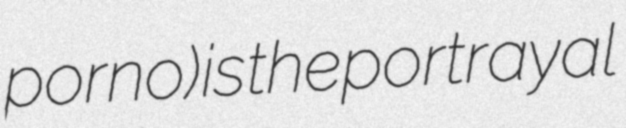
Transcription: porno) is the portrayal